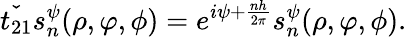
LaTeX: \check{t_{21}}s_{n}^{\psi}(\rho,\varphi,\phi)=e^{i\psi+\frac{nh}{2\pi}}s_{n}^{\psi}(\rho,\varphi,\phi).